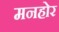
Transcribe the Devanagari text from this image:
मनहोर